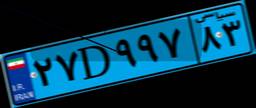
۶۲D۶۰۷۸۵